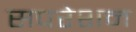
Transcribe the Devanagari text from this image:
सपरेशन